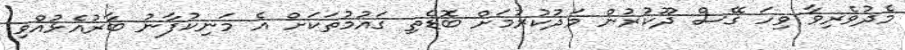
މެދުވެރިވާ ވިހަ ގޭސް ދޫކުރުން މަދުކުރުމަށް ބޮޑެތި ގައުމުތަކަށް އެ މަނިކުފާނު ބާރުއެޅުއްވި